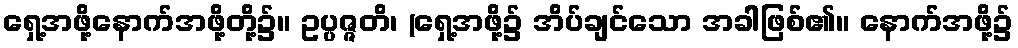
ရှေ့အဖို့နောက်အဖို့တို့၌။ ဥပ္ပဇ္ဇတိ၊ (ရှေ့အဖို့၌ အိပ်ချင်သော အခါဖြစ်၏။ နောက်အဖို့၌